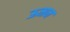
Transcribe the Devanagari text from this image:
ऊमन